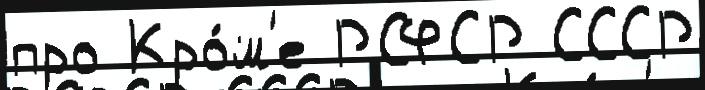
про Кро́м'е РСФСР СССР